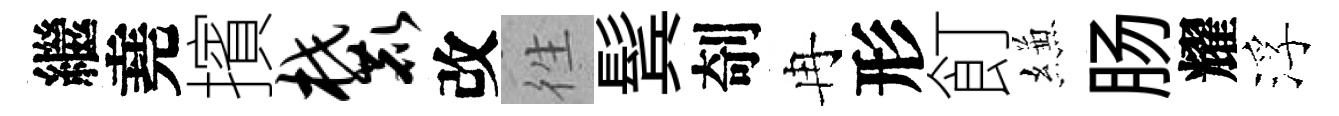
繼堯擯麓改徃鬂剞冉形飣縑肠耀浮